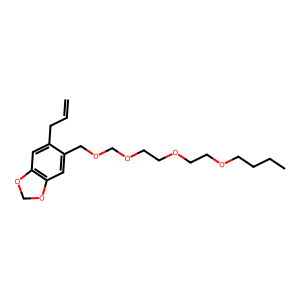
SMILES: C=CCc1cc2c(cc1COCOCCOCCOCCCC)OCO2
Inhibits HIV replication: No